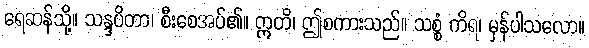
ရေဆန်သို့။ သန္ဒပိတာ၊ စီးစေအပ်၏။ ဣတိ၊ ဤစကားသည်။ သစ္စံ ကိရ၊ မှန်ပါသလော။